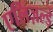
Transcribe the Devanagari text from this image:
एलिज़ल्ड़े